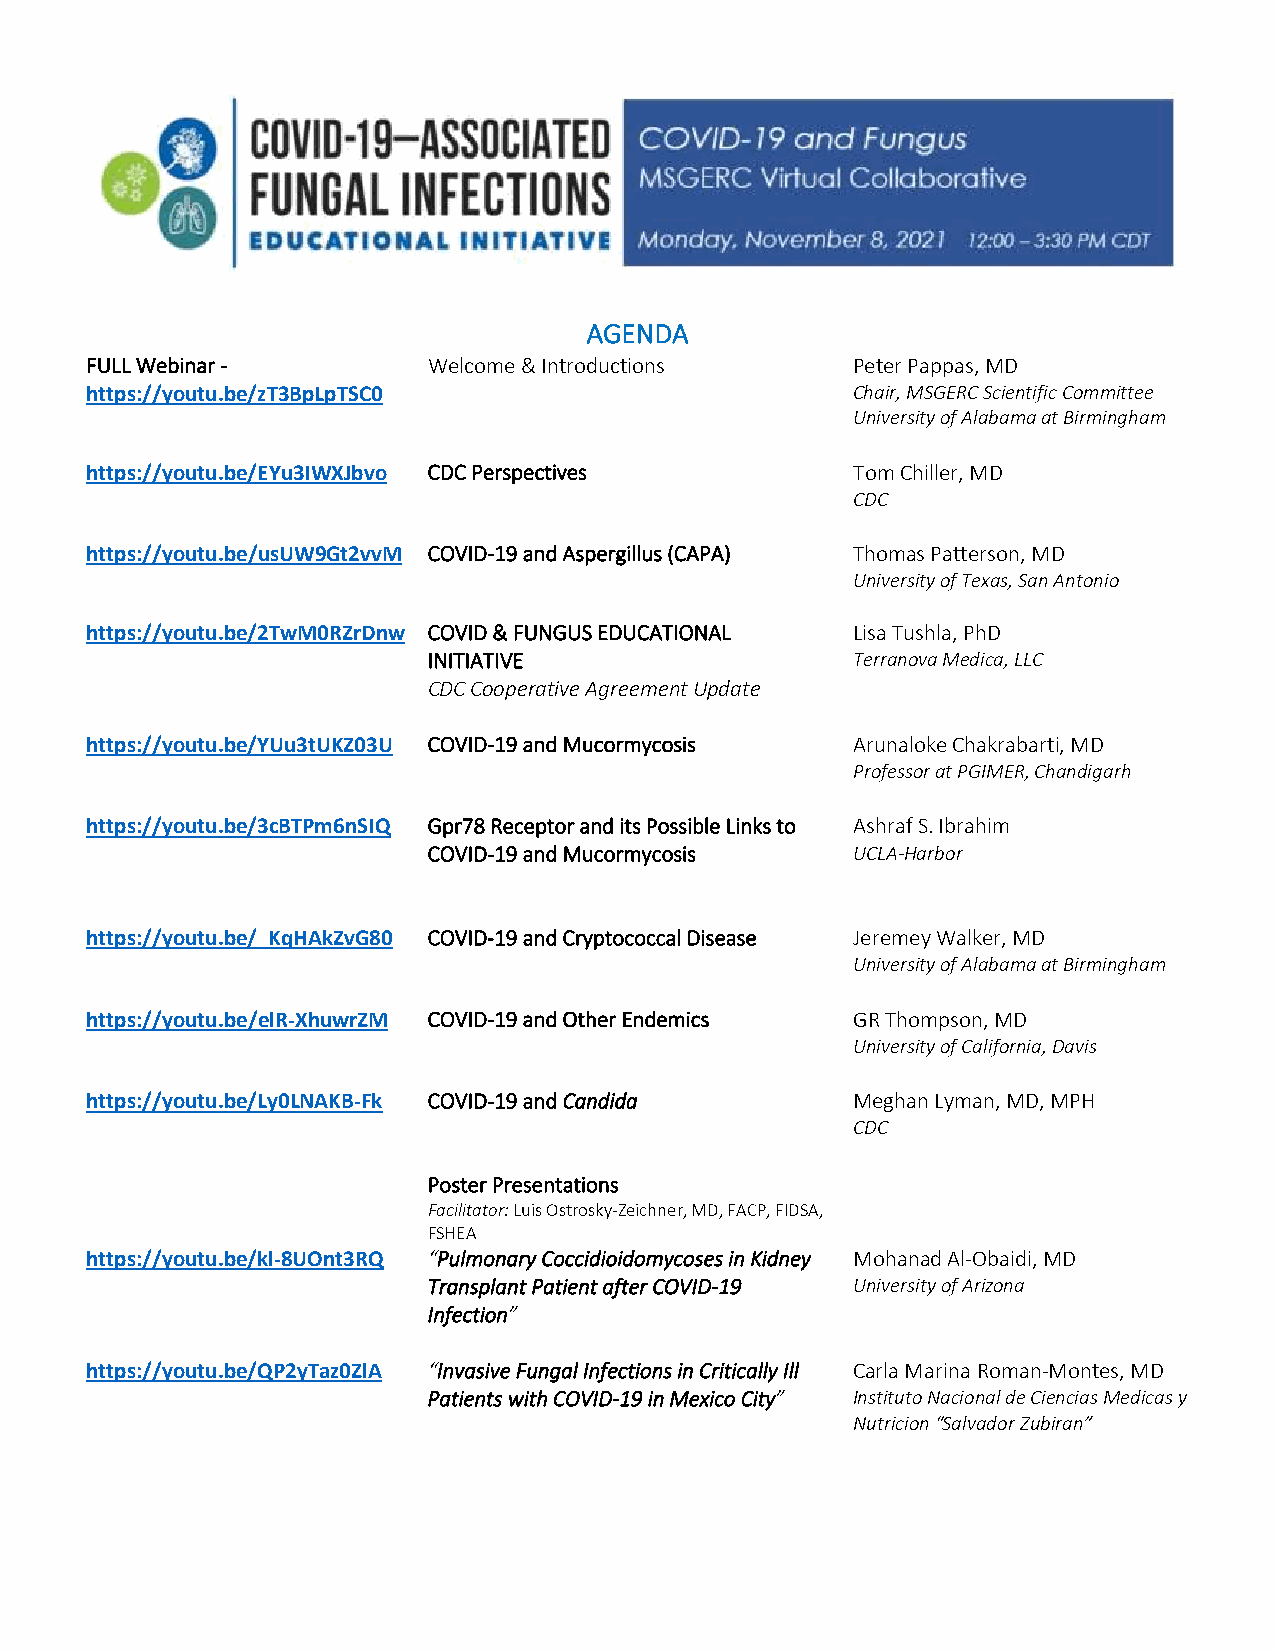
AGENDA
 FULL Webinar -        Welcome & Introductions      Peter Pappas, MD
 https://youtu.be/zT3BpLpTSC0                       Chair, MSGERC Scientific Committee
 University of Alabama at Birmingham
 https://youtu.be/EYu3IWXJbvo CDC Perspectives      Tom Chiller, MD
 CDC
 https://youtu.be/usUW9Gt2vvM COVID-19 and Aspergillus (CAPA) Thomas Patterson, MD
 University of Texas, San Antonio
 https://youtu.be/2TwM0RZrDnw COVID & FUNGUS EDUCATIONAL Lisa Tushla, PhD
 INITIATIVE                   Terranova Medica, LLC
 CDC Cooperative Agreement Update
 https://youtu.be/YUu3tUKZ03U COVID-19 and Mucormycosis Arunaloke Chakrabarti, MD
 Professor at PGIMER, Chandigarh
 https://youtu.be/3cBTPm6nSIQ Gpr78 Receptor and its Possible Links to Ashraf S. Ibrahim
 COVID-19 and Mucormycosis    UCLA-Harbor
 https://youtu.be/_KqHAkZvG80 COVID-19 and Cryptococcal Disease Jeremey Walker, MD
 University of Alabama at Birmingham
 https://youtu.be/elR-XhuwrZM COVID-19 and Other Endemics GR Thompson, MD
 University of California, Davis
 https://youtu.be/Ly0LNAKB-Fk COVID-19 and Candida  Meghan Lyman, MD, MPH
 CDC
 Poster Presentations
 Facilitator: Luis Ostrosky-Zeichner, MD, FACP, FIDSA,
 FSHEA
 https://youtu.be/kl-8UOnt3RQ “Pulmonary Coccidioidomycoses in Kidney Mohanad Al-Obaidi, MD
 Transplant Patient after COVID-19 University of Arizona
 Infection”
 https://youtu.be/QP2yTaz0ZlA “Invasive Fungal Infections in Critically Ill Carla Marina Roman-Montes, MD
 Patients with COVID-19 in Mexico City” Instituto Nacional de Ciencias Medicas y
 Nutricion “Salvador Zubiran”